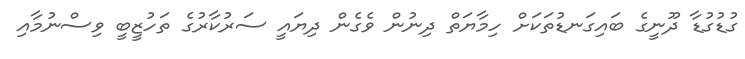
ގުޑުގުޑާ ދޫނީގެ ބައިގަނޑުތަކަށް ހިމާޔަތް ދިނުން ވެގެން ދިޔައީ ސަރުކާރުގެ ތަހުޒީބީ ވިސްނުމާއި